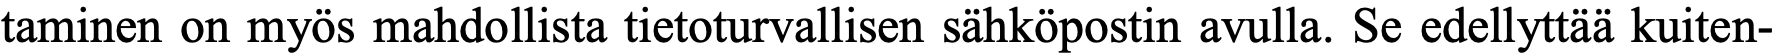
taminen on myös mahdollista tietoturvallisen sähköpostin avulla. Se edellyttää kuiten-